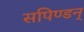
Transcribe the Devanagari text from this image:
सपिण्डन्